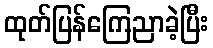
ထုတ်ပြန်ကြေညာခဲ့ပြီး